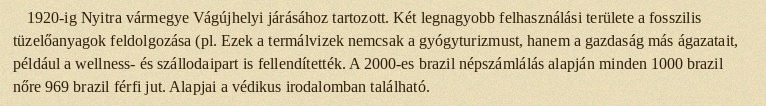
1920-ig Nyitra vármegye Vágújhelyi járásához tartozott. Két legnagyobb felhasználási területe a fosszilis tüzelőanyagok feldolgozása (pl. Ezek a termálvizek nemcsak a gyógyturizmust, hanem a gazdaság más ágazatait, például a wellness- és szállodaipart is fellendítették. A 2000-es brazil népszámlálás alapján minden 1000 brazil nőre 969 brazil férfi jut. Alapjai a védikus irodalomban található.